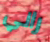
راني